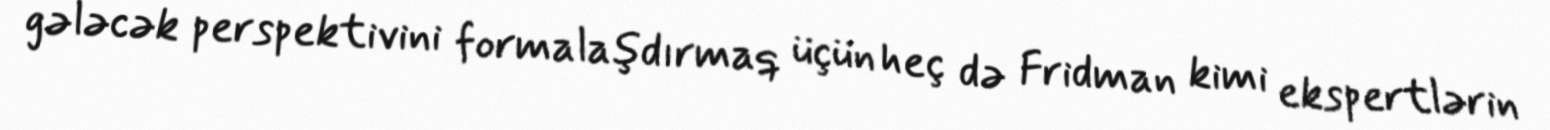
gələcək perspektivini formalaşdırmaq üçün heç də Fridman kimi ekspertlərin